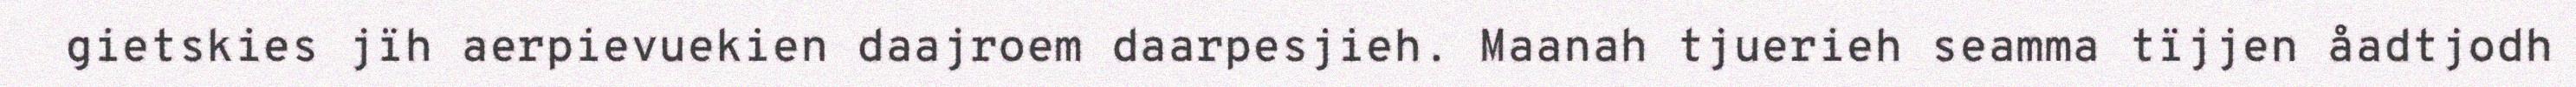
gietskies jïh aerpievuekien daajroem daarpesjieh. Maanah tjuerieh seamma tïjjen åadtjodh